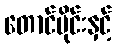
တောင်ပိုင်းနှင့်